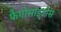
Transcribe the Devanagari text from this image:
फैगोसाइटोस